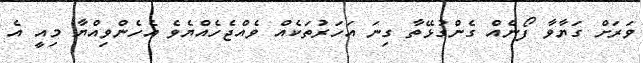
ވަރަށް ގަޔާވާ ފޯނެއް ގެންގުޅޭތާ ގިނަ އަހަރުތަކެއް ވެއްޖެހެއްޔެވެ އެހެންވިއްޔާ މިއީ އެ